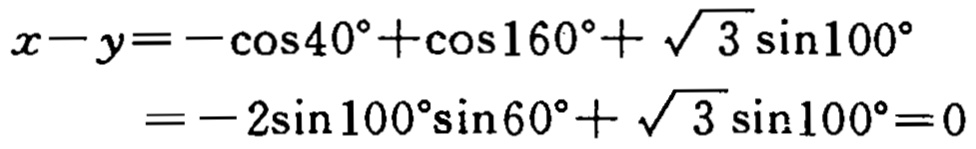
\[
\begin{align*}
x - y&=-\cos40^{\circ}+\cos160^{\circ}+\sqrt{3}\sin100^{\circ}\\
&=-2\sin100^{\circ}\sin60^{\circ}+\sqrt{3}\sin100^{\circ}=0
\end{align*}
\]